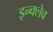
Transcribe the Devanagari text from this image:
इन्क्लेव